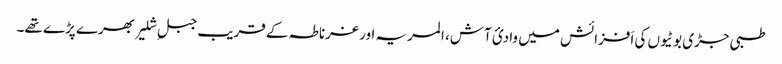
طبی جڑی بوٹیوں کی اَفزائش میں وادیٔ آش، المریہ اور غرناطہ کے قریب جبلِ شلیر بھرے پڑے تھے۔